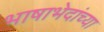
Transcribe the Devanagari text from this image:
भाषाभेदांच्या